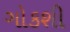
ગોકશી